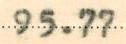
95.77